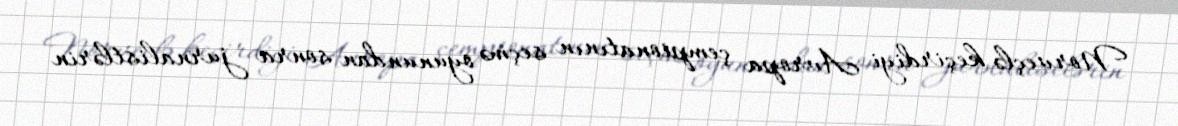
Norveçlə keçirdiyi Avropa çempionatının seçmə oyunundan sonra jurnalistlərin